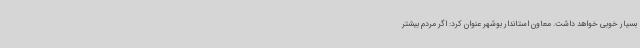
بسیار خوبی خواهد داشت. معاون استاندار بوشهر عنوان کرد: اگر مردم بیشتر